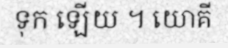
ទុក ឡើយ ។ យោគី